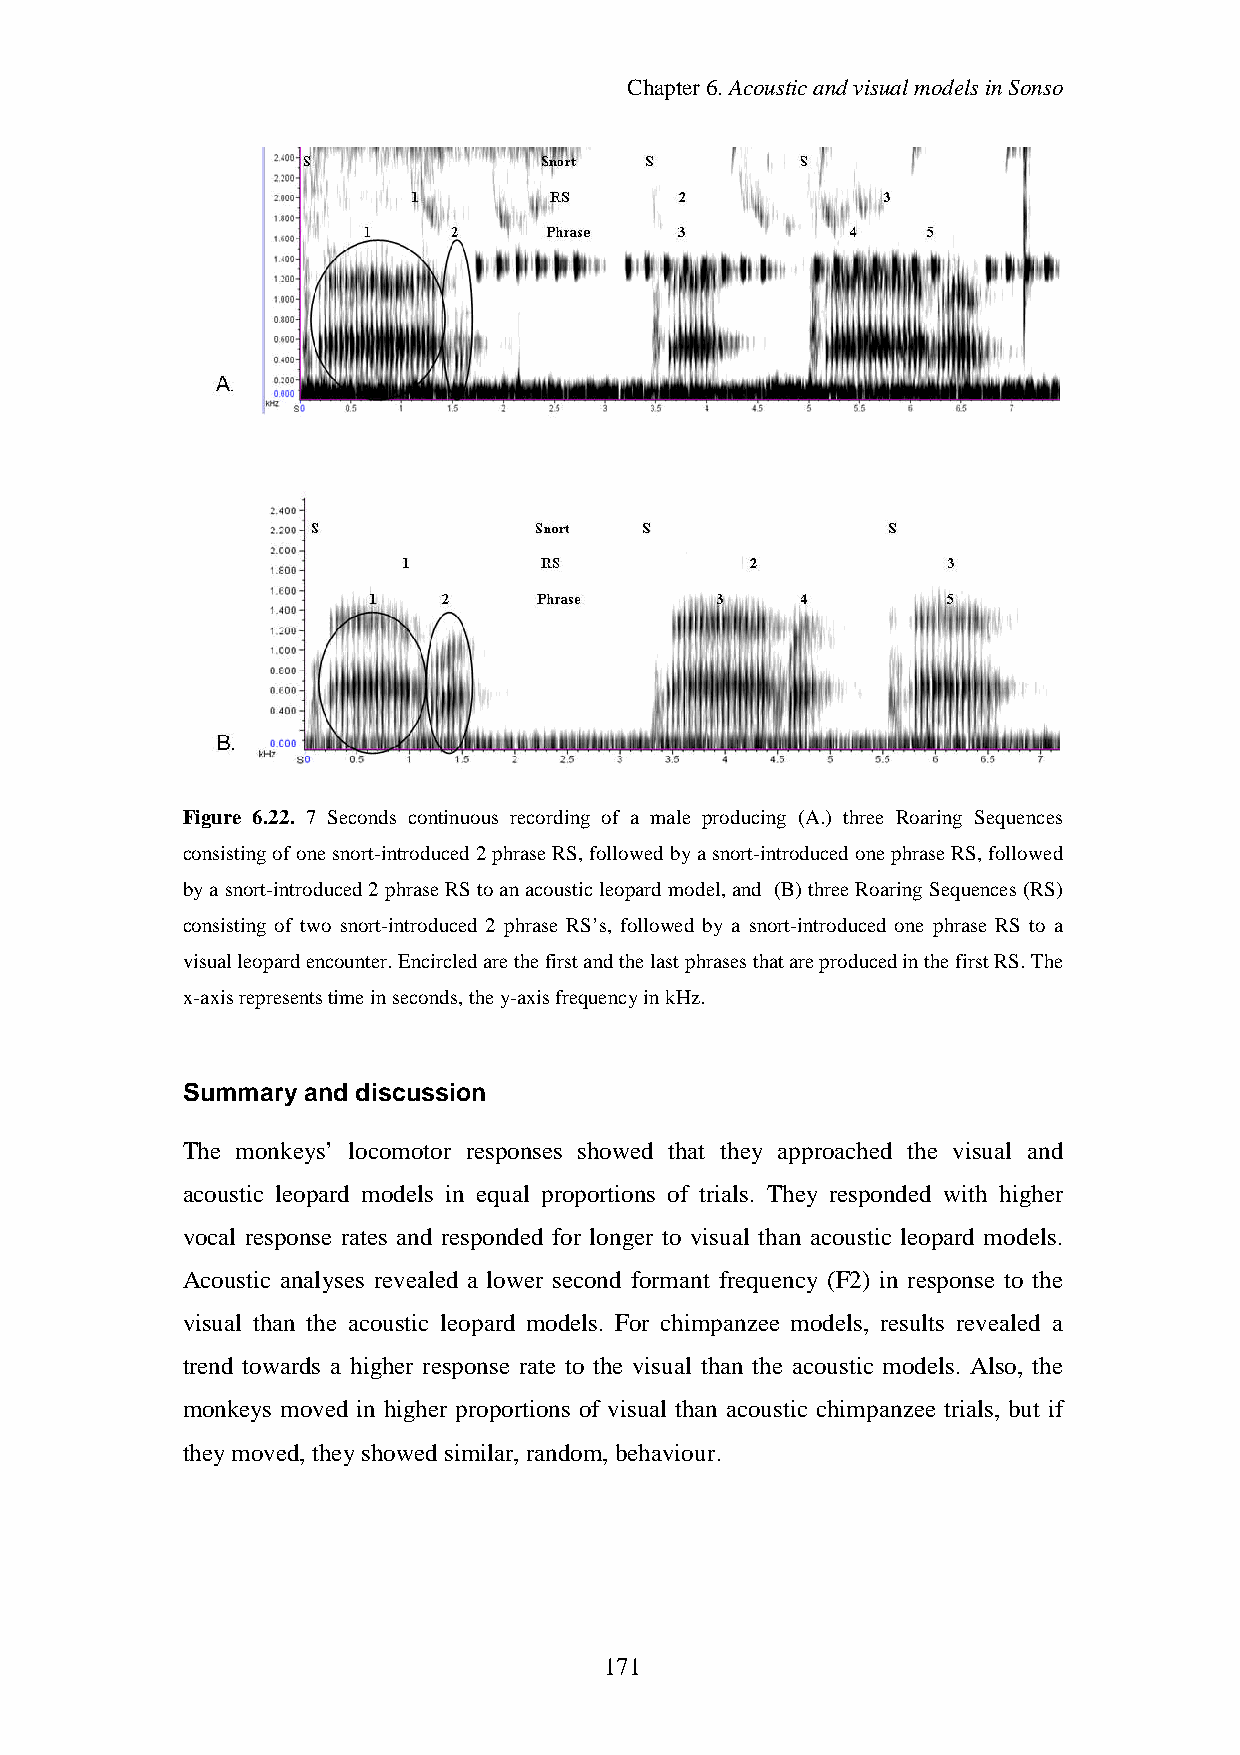
Chapter6.AcousticandvisualmodelsinSonso
 Figure 6.22. 7 Seconds continuous recording of a male producing (A.) three Roaring Sequences
 consistingofonesnort-introduced2phraseRS, followedbyasnort-introducedonephraseRS, followed
 bya snort-introduced2phraseRStoanacoustic leopard model,and (B)threeRoaring Sequences(RS)
 consisting of two snort-introduced 2 phrase RS’s, followed by a snort-introduced one phrase RS to a
 visualleopardencounter.EncircledarethefirstandthelastphrasesthatareproducedinthefirstRS.The
 x-axisrepresentstimeinseconds,they-axisfrequencyinkHz.
 Summary and discussion
 The monkeys’ locomotor responses showed that they approached the visual and
 acoustic leopard models in equal proportions of trials. They responded with higher
 vocal response rates and responded for longer to visual than acoustic leopard models.
 Acoustic analyses revealed a lower second formant frequency (F2) in response to the
 visual than the acoustic leopard models. For chimpanzee models, results revealed a
 trend towards a higher response rate to the visual than the acoustic models. Also, the
 monkeys moved in higher proportions of visual than acoustic chimpanzee trials, but if
 theymoved,theyshowed similar,random,behaviour.
 171